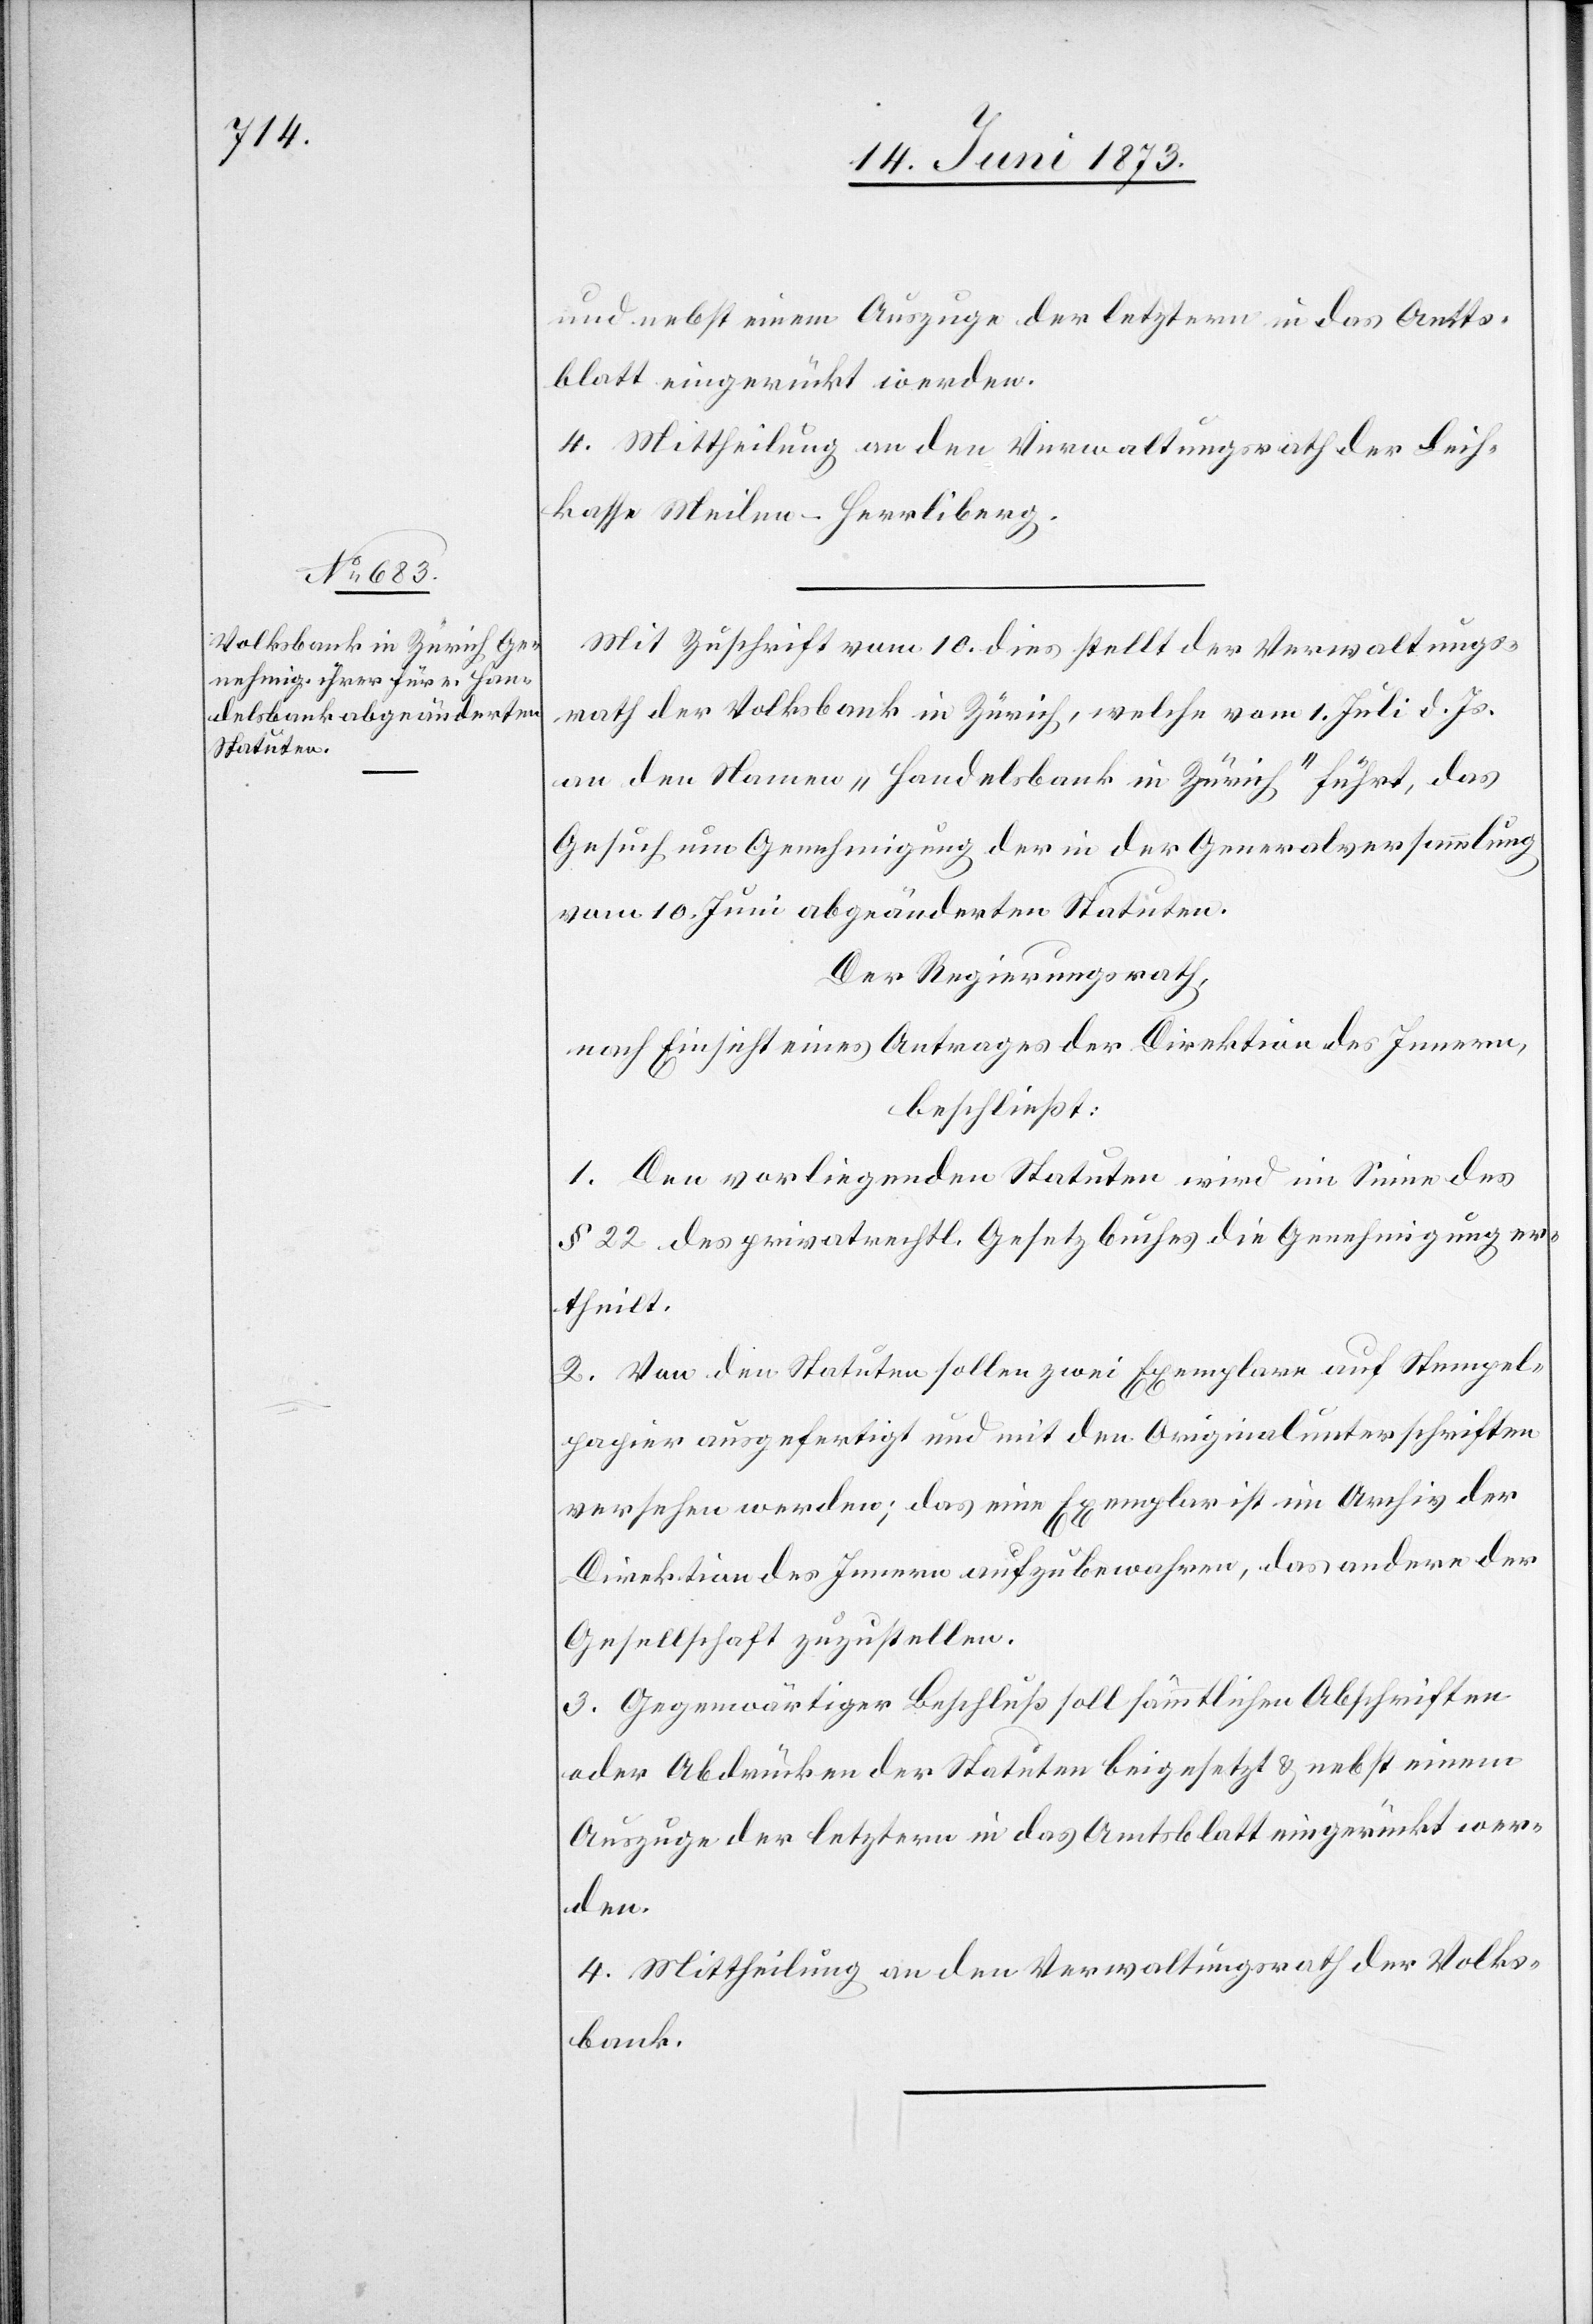
und nebst einem Auszuge der letztern in das Amts¬
blatt eingerückt werden.
4. Mittheilung an den Verwaltungsrath der Leih¬
kasse Meilen-Herrliberg.
Mit Zuschrift vom 10. dies stellt der Verwaltungs¬
rath der Volksbank in Zürich, welche vom 1. Juli d. Js.
an den Namen „Handelsbank in Zürich“ führt, das
Gesuch um Genehmigung der in der Generalversammlung
vom 10. Juni abgeänderten Statuten.
Der Regierungsrath,
nach Einsicht eines Antrages der Direktion des Innern,
beschließt:
1. Den vorliegenden Statuten wird im Sinne des
§ 22 des privatrechtl. Gesetzbuches die Genehmigung er¬
theilt.
2. Von den Statuten sollen zwei Exemplare auf Stempel¬
papier ausgefertigt und mit den Originalunterschriften
versehen werden; das eine Exemplar ist im Archiv der
Direktion des Innern aufzubewahren, das andere der
Gesellschaft zuzustellen.
3. Gegenwärtiger Beschluß soll sämmtlichen Abschriften
oder Abdrücken der Statuten beigesetzt & nebst einem
Auszuge der letztern in das Amtsblatt eingerückt wer¬
den.
4. Mittheilung an den Verwaltungsrath der Volks¬
bank.